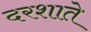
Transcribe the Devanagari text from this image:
दरशाते